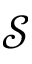
\mathcal S